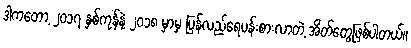
ဒါကတော့ ၂၀၁၇ နှစ်ကုန်နဲ့ ၂၀၁၈ မှာမှ ပြန်လည်ရေပန်းစားလာတဲ့ အိတ်တွေဖြစ်ပါတယ်။